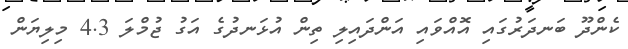
ކެންދޫ ބަނދަރުގައި އޮއްވައި އަންދައިލި ތިން އުޅަނދުގެ އަގު ޖުމްލަ 4.3 މިލިޔަން